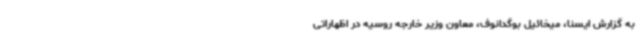
به گزارش ایسنا، میخائیل بوگدانوف، معاون وزیر خارجه روسیه در اظهاراتی